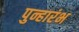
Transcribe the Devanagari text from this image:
पुन्हारंभ